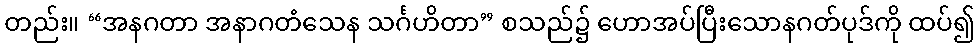
တည်း။ “အနဂတာ အနာဂတံသေန သင်္ဂဟိတာ” စသည်၌ ဟောအပ်ပြီးသောနဂတ်ပုဒ်ကို ထပ်၍